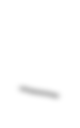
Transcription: –